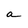
Character: a